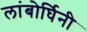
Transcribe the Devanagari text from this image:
लांबोर्घिनी